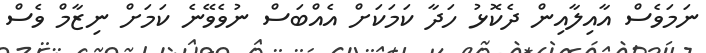
ނަމަވެސް އާއިލާއިން ދެކޮޅު ހަދާ ކަމަކަށް އެއްބަސް ނުވެވޭނެ ކަމަށް ނިޒާމް ވެސް